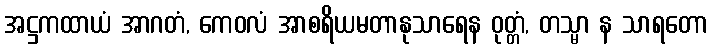
အဋ္ဌကထာယံ အာဂတံ, ကေဝလံ အာစရိယမတာနုသာရေန ဝုတ္တံ, တသ္မာ န သာရတော